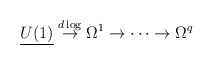
\begin{align*}{\underline {U(1)}} \stackrel{d\log}{\to} \Omega^1 \to \dots \to \Omega^q\end{align*}